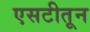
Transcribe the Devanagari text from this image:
एसटीतून